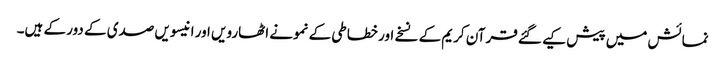
نمائش میں پیش کیے گئے قرآن کریم کے نسخے اور خطاطی کے نمونے اٹھارویں اور انیسویں صدی کے دور کے ہیں۔